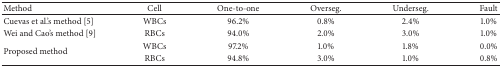
<table><thead><tr><td><b>Method</b></td><td><b>Cell</b></td><td><b>One-to-one</b></td><td><b>Overseg.</b></td><td><b>Underseg.</b></td><td><b>Fault</b></td></tr></thead><tbody><tr><td> Cuevas et al.&#x27;s method [5]</td><td>WBCs</td><td>96.2%</td><td>0.8%</td><td>2.4%</td><td>1.0%</td></tr><tr><td> Wei and Cao&#x27;s method [9]</td><td>RBCs</td><td>94.0%</td><td>2.0%</td><td>3.0%</td><td>1.0%</td></tr><tr><td rowspan="2">Proposed method</td><td>WBCs</td><td>97.2%</td><td>1.0%</td><td>1.8%</td><td>0.0%</td></tr><tr><td>RBCs</td><td>94.8%</td><td>3.0%</td><td>1.0%</td><td>0.8%</td></tr></tbody></table>